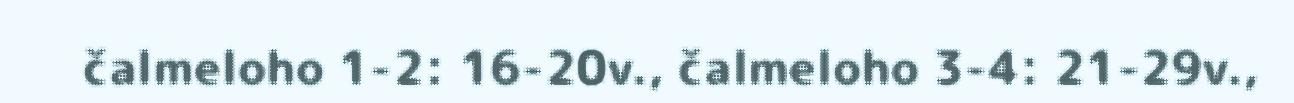
čalmeloho 1-2: 16-20v., čalmeloho 3-4: 21-29v.,